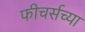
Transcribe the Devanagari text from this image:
फीचर्सच्या